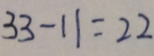
3 3 - 1 1 = 2 2